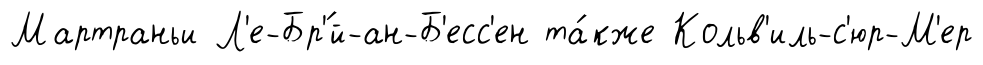
Мартраньи Л'е-Бр'́й-ан-Б'есс'ен та́кже Кольв'иль-с'юр-М'ер